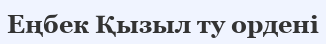
Еңбек Қызыл ту ордені